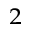
_ 2